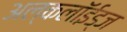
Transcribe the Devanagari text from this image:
अल्कलॉईड्‌ज